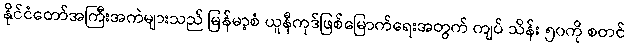
နိုင်ငံတော်အကြီးအကဲများသည် မြန်မာ့စံ ယူနီကုဒ်ဖြစ်မြောက်ရေးအတွက် ကျပ် သိန်း ၅၀ကို စတင်